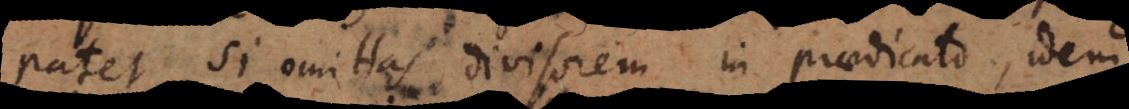
Patet si omittas divisorem in praedicato, idem